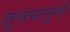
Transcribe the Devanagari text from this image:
जुलमामुळे